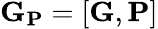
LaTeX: \mathbf{G}_{\mathbf{P}}=[\mathbf{G},\mathbf{P}]